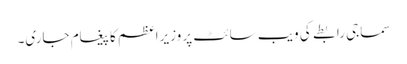
سماجی رابطے کی ویب سائٹ پر وزیراعظم کا پیغام جاری۔